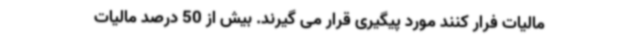
مالیات فرار کنند مورد پیگیری قرار می گیرند. بیش از 50 درصد مالیات